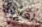
لعلاقة